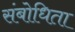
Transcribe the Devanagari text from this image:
संबोधिता